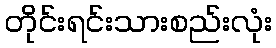
တိုင်းရင်းသားစည်းလုံး